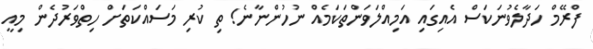
ފްރޭމް ހަދާލެވުނަކަސް އެއިގައި އަމިއްލަވަންތަކަމެއް ނުހުންނާނެ! ތި ކުރި މަސައްކަތަށް ހިތްވަރުދެން މިއީ